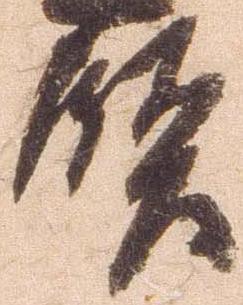
賢